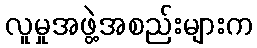
လူမှုအဖွဲ့အစည်းများက